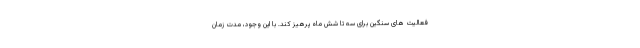
فعالیت های سنگین برای سه تا شش ماه پرهیز کند. با این وجود، مدت زمان